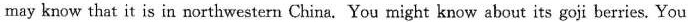
may know that it is in northwestern China. You might know about its goji berries. You